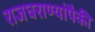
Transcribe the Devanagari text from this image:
राजघराण्यांपैकी